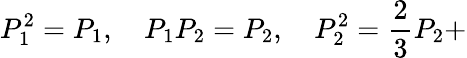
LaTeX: P_{1}^{2}=P_{1},\quad P_{1}P_{2}=P_{2},\quad P_{2}^{2}=\frac{2}{3}P_{2}+